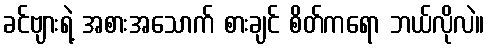
ခင်ဗျားရဲ့ အစားအသောက် စားချင် စိတ်ကရော ဘယ်လိုလဲ။